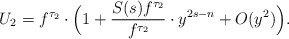
\begin{align*}U_2=f^{\tau_2}\cdot\Big(1+\frac{S(s)f^{\tau_2}}{f^{\tau_2}}\cdot y^{2s-n}+O(y^2)\Big).\end{align*}